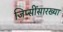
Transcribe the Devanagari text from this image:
जिप्सींसारख्या